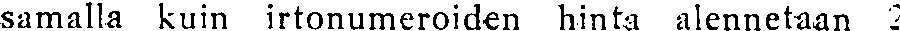
samalla kuin irtonumeroiden hinta alennetaan 2